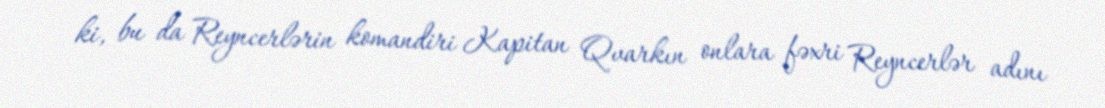
ki, bu da Reyncerlərin komandiri Kapitan Qvarkın onlara fəxri Reyncerlər adını